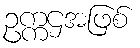
ဥက္ကဌအဖြစ်